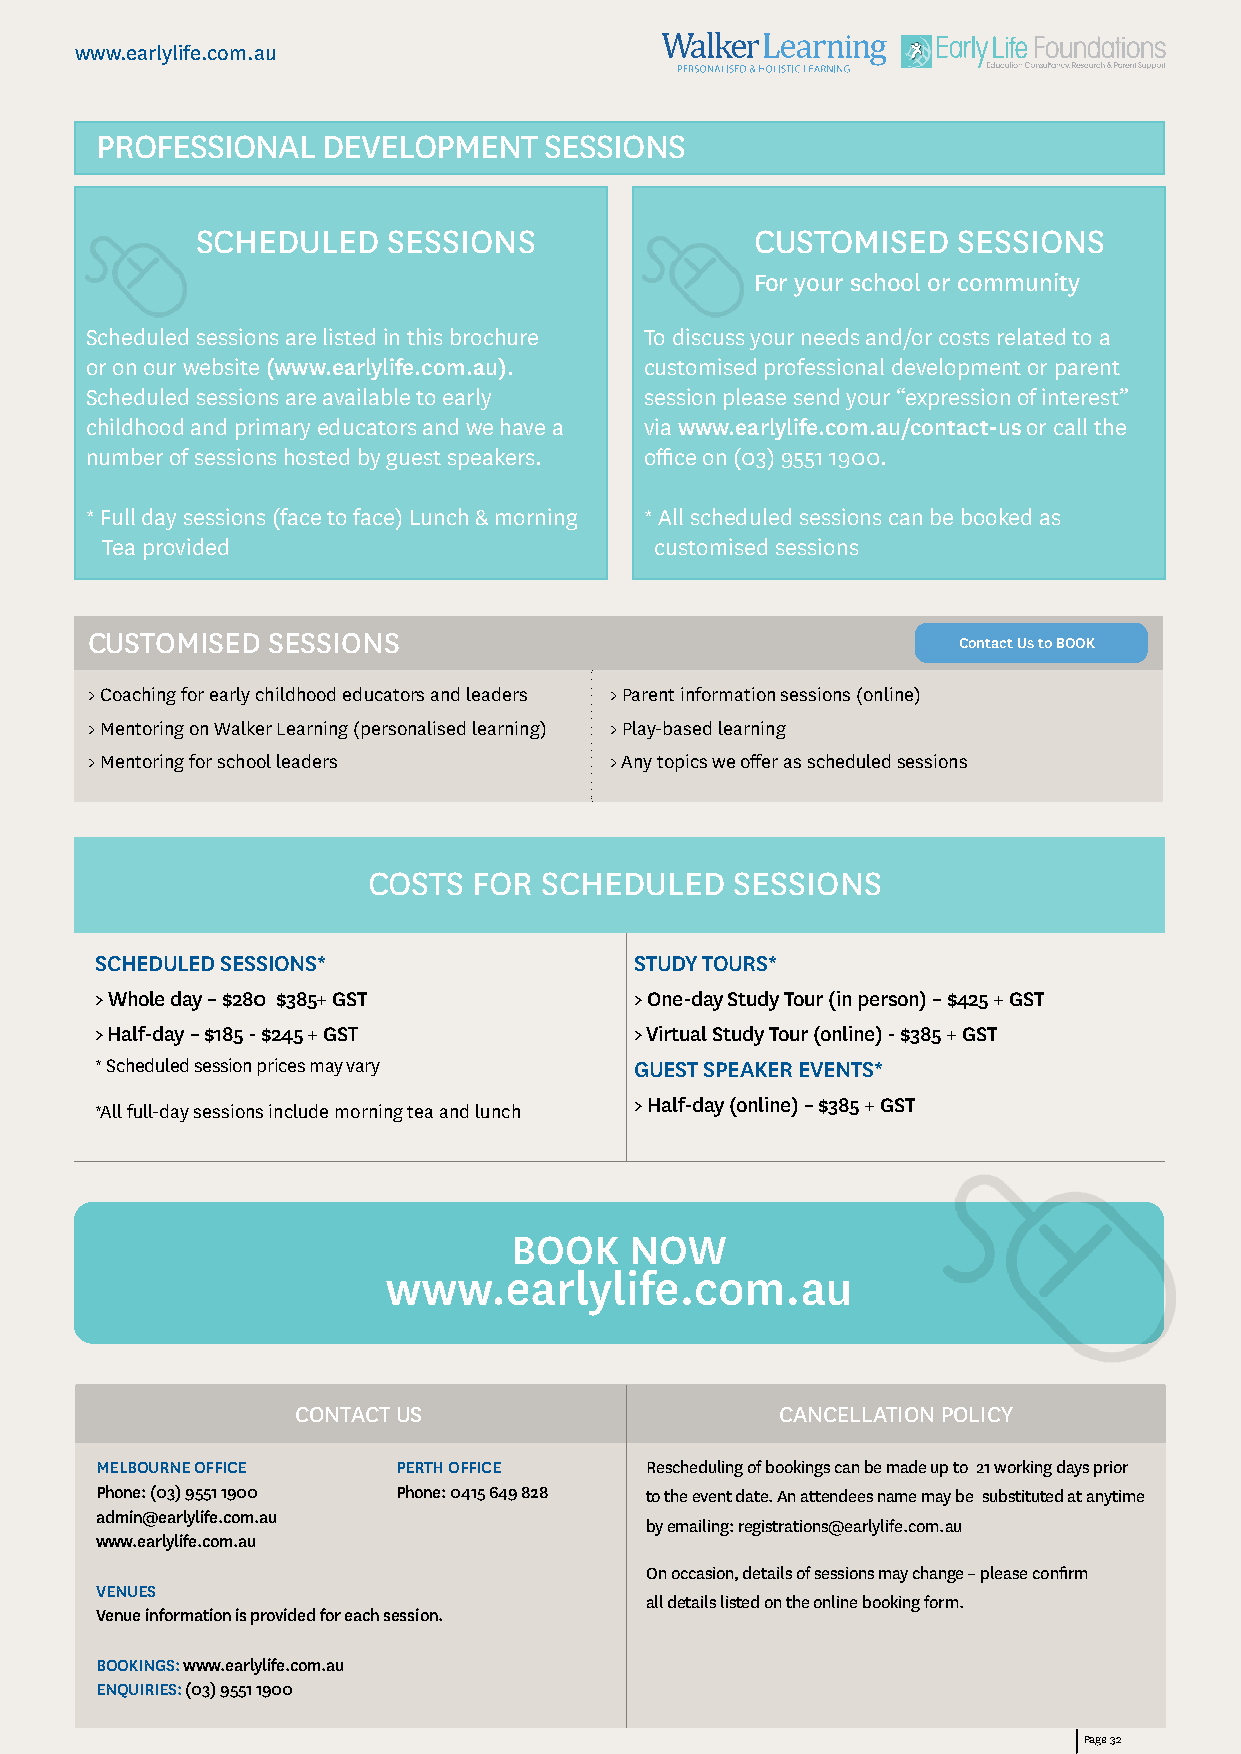
www.earlylife.com.au
 PROFESSIONAL   DEVELOPMENT    SESSIONS
 SCHEDULED    SESSIONS                CUSTOMISED   SESSIONS
 For your school or community
 Scheduled sessions are listed in this brochure To discuss your needs and/or costs related to a
 or on our website (www.earlylife.com.au). customised professional development or parent
 Scheduled sessions are available to early session please send your “expression of interest”
 childhood and primary educators and we have a via www.earlylife.com.au/contact-us or call the
 number of sessions hosted by guest speakers. office on (03) 9551 1900.
 * Full day sessions (face to face) Lunch & morning * All scheduled sessions can be booked as
 Tea provided                        customised sessions
 CUSTOMISED  SESSIONS
 Contact Us to BOOK
 > Coaching for early childhood educators and leaders > Parent information sessions (online)
 > Mentoring on Walker Learning (personalised learning) > Play-based learning
 > Mentoring for school leaders    > Any topics we offer as scheduled sessions
 COSTS  FOR  SCHEDULED    SESSIONS
 SCHEDULED SESSIONS*                 STUDY TOURS*
 > Whole day – $280 $385+ GST        > One-day Study Tour (in person) – $425 + GST
 > Half-day – $185 - $245 + GST      > Virtual Study Tour (online) - $385 + GST
 * Scheduled session prices may vary GUEST SPEAKER EVENTS*
 > Half-day (online) – $385 + GST
 *All full-day sessions include morning tea and lunch
 BOOK    NOW
 www.earlylife.com.au
 CONTACT US                       CANCELLATION POLICY
 MELBOURNE OFFICE    PERTH OFFICE     Rescheduling of bookings can be made up to 21 working days prior
 Phone: (03) 9551 1900 Phone: 0415 649 828 to the event date. An attendees name may be substituted at anytime
 admin@earlylife.com.au
 by emailing: registrations@earlylife.com.au
 www.earlylife.com.au
 On occasion, details of sessions may change – please confirm
 VENUES
 all details listed on the online booking form.
 Venue information is provided for each session.
 BOOKINGS: www.earlylife.com.au
 ENQUIRIES: (03) 9551 1900
 PPaaggee 1302